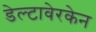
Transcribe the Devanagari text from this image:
डेल्टावेरकेन